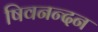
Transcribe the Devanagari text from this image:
षिवनन्दन